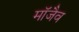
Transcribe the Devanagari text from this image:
माॅजैव